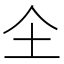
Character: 𱎛